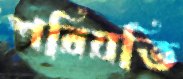
শরিয়তি